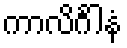
ကာလိင်္ဂါနံ